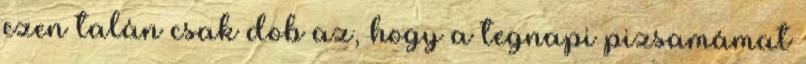
ezen talán csak dob az, hogy a tegnapi pizsamámat